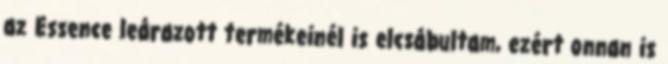
az Essence leárazott termékeinél is elcsábultam, ezért onnan is